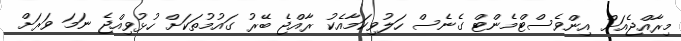
މިރާއްޖެއަށް އިންވެސްޓްމެންޓް ގެނެސް ހަލުވިކަމާއެކު ރާއްޖެ ބޭރު ގައުމުތަކަށް ހުޅުވިއްޖެ ނަމަ ވަރަށް